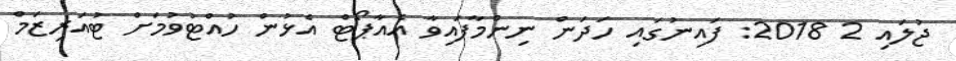
ޖުލައި 2 2018: ފައިނުގައި ހަދަން ނިންމާފައިވާ އެއާޕޯޓް އެޅުން ހުއްޓުވުމަށް ޓުއަރިޒަމް